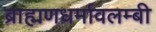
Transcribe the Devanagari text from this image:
ब्राह्मणधर्मावलम्बी